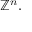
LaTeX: \mathbb { Z } ^ { n } .